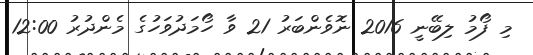
މި ފޯމު ލިބޭނީ 2016 ނޮވެންބަރު 21 ވާ ހޯމަދުވަހުގެ މެންދުރު 12:00